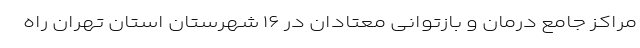
مراکز جامع درمان و بازتوانی معتادان در ۱۶ شهرستان استان تهران راه